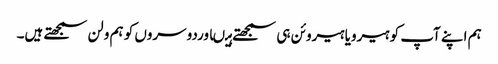
ہم اپنے آپ کو ہیرویا ہیروئن ہی سمجھتے ہیںاوردوسروں کو ہم ولن سمجھتے ہیں۔